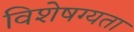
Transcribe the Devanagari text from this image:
विशेषग्यता